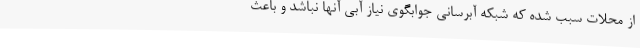
از محلات سبب شده که شبکه آبرسانی جوابگوی نیاز آبی آنها نباشد و باعث